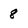
Character: 8